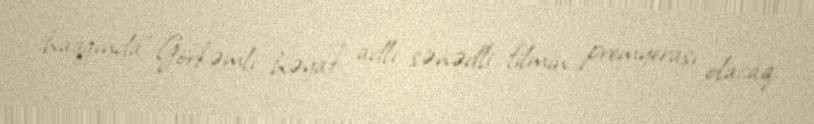
haqqında “Görkəmli həyat” adlı sənədli filmin premyerası olacaq.